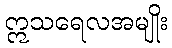
ဣသရေလအမျိုး